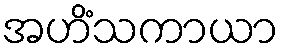
အဟိံသကာယာ